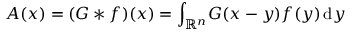
A ( x ) = ( G * f ) ( x ) = \int _ { \mathbb { R } ^ { n } } \! G ( x - y ) f ( y ) \, \mathrm { d } y